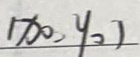
$(x_0,y_0)$